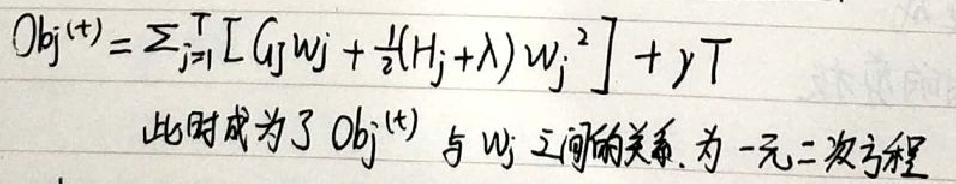
\(Obj^{(t)}&=\sum_{j = 1}^{T}\left[G_jw_j+\frac{1}{2}(H_j+\lambda)w_j^{2}\right]+yT\)\\
&此时成为了\( Obj^{(t)} \)与\( w_j \)之间的关系, 为一元二次方程